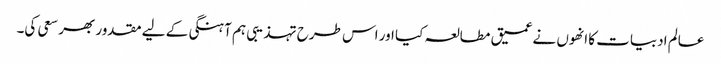
عالم ادبیات کا انھوں نے عمیق مطالعہ کیا اور اس طرح تہذیبی ہم آہنگی کے لیے مقدور بھر سعی کی۔